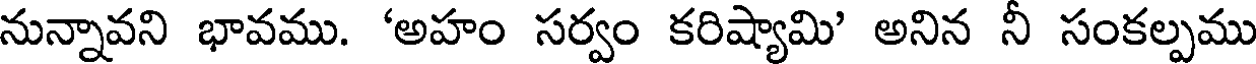
నున్నావని భావము. 'అహం సర్వం కరిష్యామి' అనిన నీ సంకల్పము